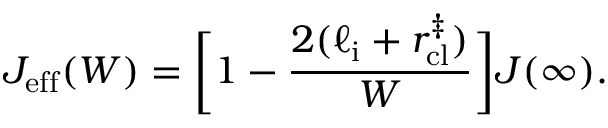
J _ { \mathrm { e f f } } ( W ) = \bigg [ 1 - \frac { 2 ( \ell _ { \mathrm { i } } + r _ { \mathrm { c l } } ^ { \ddagger } ) } { W } \bigg ] J ( \infty ) .